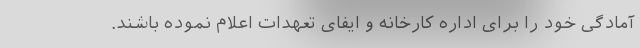
آمادگی خود را برای اداره کارخانه و ایفای تعهدات اعلام نموده باشند.